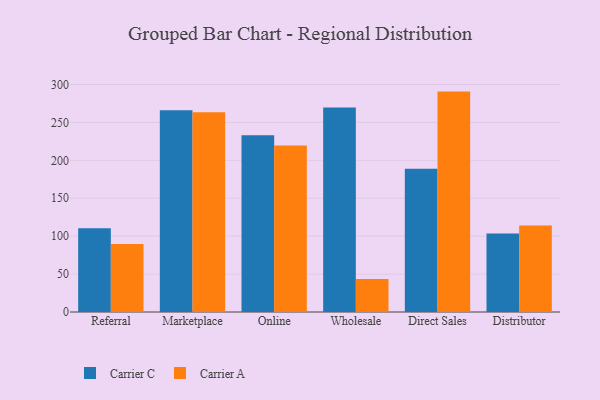
{"axis": {"x": "Channel", "y": "Humidity (%)"}, "legend": ["Carrier A", "Carrier C"], "data": [{"x": "Referral", "y": 110.3, "type": "Carrier C"}, {"x": "Referral", "y": 89.6, "type": "Carrier A"}, {"x": "Marketplace", "y": 266.0, "type": "Carrier C"}, {"x": "Marketplace", "y": 263.4, "type": "Carrier A"}, {"x": "Online", "y": 232.9, "type": "Carrier C"}, {"x": "Online", "y": 219.5, "type": "Carrier A"}, {"x": "Wholesale", "y": 269.6, "type": "Carrier C"}, {"x": "Wholesale", "y": 43.4, "type": "Carrier A"}, {"x": "Direct Sales", "y": 188.9, "type": "Carrier C"}, {"x": "Direct Sales", "y": 290.6, "type": "Carrier A"}, {"x": "Distributor", "y": 103.6, "type": "Carrier C"}, {"x": "Distributor", "y": 113.9, "type": "Carrier A"}]}